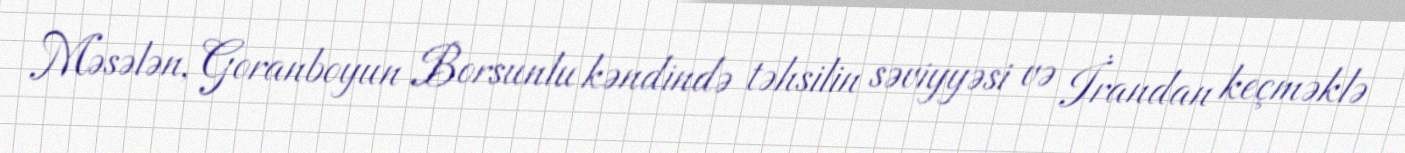
Məsələn, Goranboyun Borsunlu kəndində təhsilin səviyyəsi və İrandan keçməklə